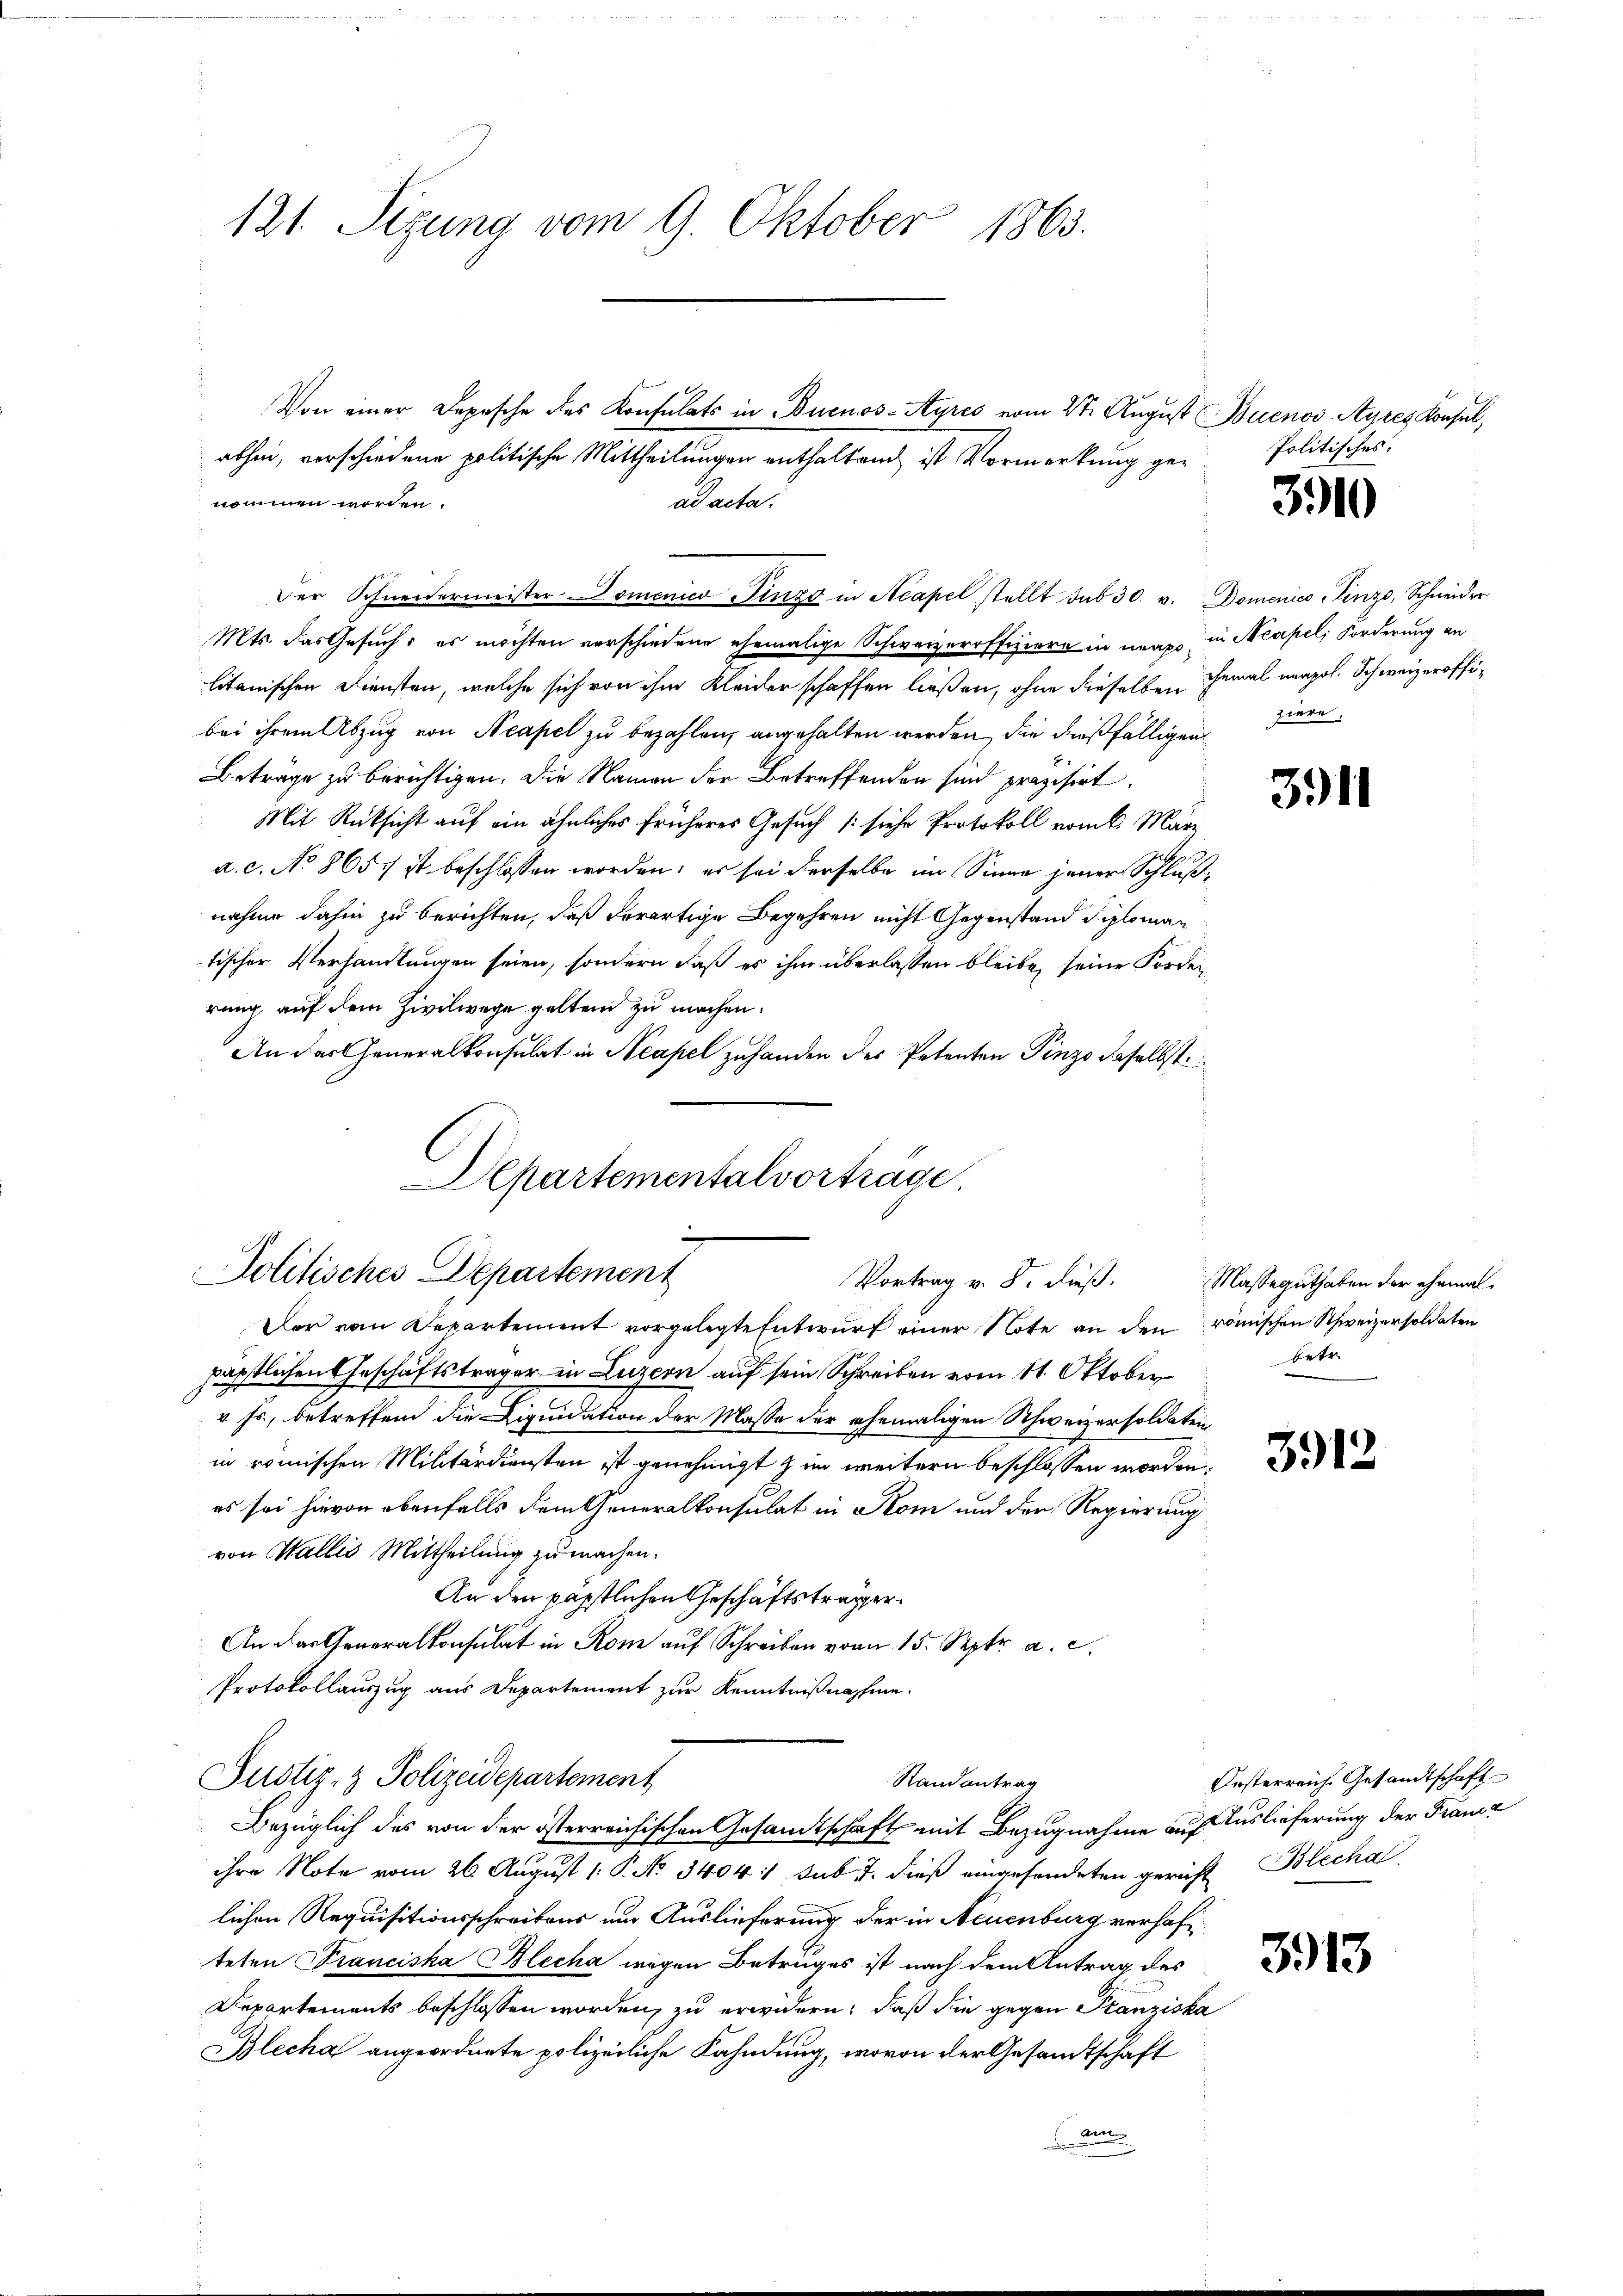
121. Sizung vom 9. Oktober 1863.

absen, verschiedene politische Mittheilungen enthaltend ist Vormerkung genommen worden.
ad acta.
Mts. das Gesuch, es möchten verschiedene ehemalige Schweizerrffiziere in mag in Neapel, Forderung an
litanischen Diensten, welche sich von ihm kleider schaffen ließen, ohne dieselben Gemal neapol. Schweizeroffibei ihrem Abzug von Neapel zu bezahlen, angehalten werden, die dießfälligen
Beträge zu berichtigen. Die Namen der Betreffenden sind präzisirt.
Mit Rücksicht auf ein ähnliches früheres Gesuch (siehe Protokoll vom 6. März
a. c. No 865 ist beschlossen worden; es sei derselbe im Sinne jener Schlußnahme dahin zu berichten, daß derartige Begehren nicht Gegenstand diploman
tischer Verhandlungen seien, sondern daß es ihm überlassen bleibe, seine Forderung, auf dem Zivilwege gelten zu machen.

An das Generalkonsulat in Neapel zuhanden des Petenten Pinzo daselbst

Departementalvorträge
e
Politisches Departement
Vortrag v. 8. dieß.

Von einer Depesche des Konsulats in Buenos-Ayres vom 2ten August Buenos-Ayres Konsul,

Der Schneidermeister Domener Finz in Acapel stellt sub 30. v. Domenics Linz, Schneider

Der von Departement vorgelegte Entwurf einer Note an den römischen Schweizersoldaten
päpstlichen Geschäftsträger in Luzern auf sein Schreiben vom 11. Oktober
v. Js., betreffend die Liquidation der Masse der ehemaligen Schweizersoldaten
in römischen Militärdiensten ist genehmigt zum weitern beschlossen worden.
es sei hievon ebenfalls dem Generalkonsulat in Rom und der Regierung
von Wallis Mittheilung zu machen.
An den päpstlichen Geschäftsträger
An das Generalkonsulat in Rom auf Schreiben vom 15. Septr. a. c.
Protokollauszug aus Departement zur Kenntnißnahme.
Justiz- & Polizeidepartement
Stand antrag
Bezüglich des von der österreichischen Gesandtschaft mit Bezugnahme auf Auslieferung der Franz
ihre Note vom 26. August [ P. No 3404 :/ sub 7. dieß eingesendeten gericht Blecha
lichen Requisitionsschreibens um Auslieferung der in Neuenburg verhafteten Franciska Blecha wegen Betruges ist nach dem Antrag des
Departements beschlossen worden, zu erwidern, daß die gegen Franziska
Blecha angeordnete polizeiliche Kahndung, wovon der Gesandtschaft
den

Politisches:

3910

ziere.

3911

Masseguthaben der ehemal
betr.

3912

Orsterreiche Gesandtschaft

3913